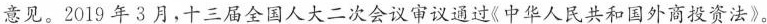
意见。2019年3月，十三届全国人大二次会议审议通过《中华人民共和国外商投资法》。